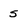
Character: s